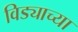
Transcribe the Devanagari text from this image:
विड्याच्‍या